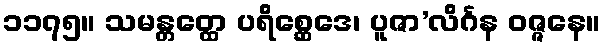
၁၁၇၅။ သမန္တတ္ထေ ပရိစ္ဆေဒေ၊ ပူဇာ’လိင်္ဂန ဝဇ္ဇနေ။